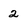
Character: 2